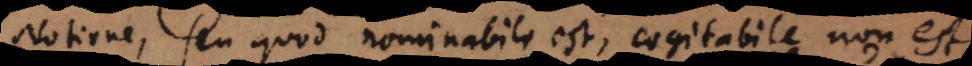
Notione, seu quod nominabile est, cogitabile non est,